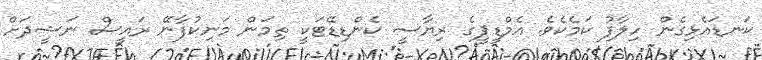
ކަނޑައެޅިގެން ހިލާފު ކަމެކެވެ. އެމްޑީޕީގެ ރިޔާސީ ކެންޑިޑޭޓަކީ ތިމަން މަނިކުފާނޭ ރައީސް ނަޝީދަށް